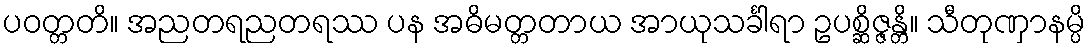
ပဝတ္တတိ။ အညတရညတရဿ ပန အဓိမတ္တတာယ အာယုသင်္ခါရာ ဥပစ္ဆိဇ္ဇန္တိ။ သီတုဏှာနမ္ပိ